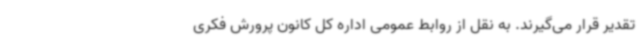
تقدیر قرار می‌گیرند. به نقل از روابط عمومی اداره کل کانون پرورش فکری